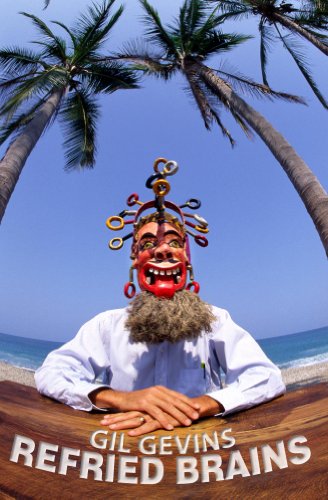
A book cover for Refried Brains (Puerto Vallarta On 49 Brain Cells A Day Book 2); Gil Gevins; Travel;